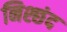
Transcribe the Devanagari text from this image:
निश्छंद